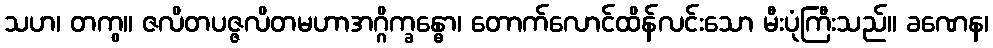
သဟ၊ တကွ။ ဇလိတပဇ္ဇလိတမဟာအဂ္ဂိက္ခန္ဓော၊ တောက်လောင်ထိန်လင်းသော မီးပုံကြီးသည်။ ခဏေန၊